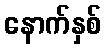
နောက်နှစ်